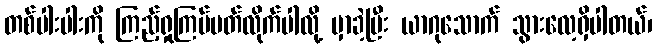
တစ်ပါးပါးကို ကြည့်ရှုကြပ်မတ်လိုက်ပါလို့ မှာခဲ့ပြီး ယာဂုသောက် သွားလေ့ရှိပါတယ်၊